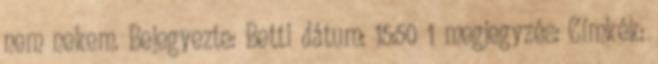
nem nekem. Bejegyezte: Betti dátum: 15:50 1 megjegyzés: Címkék: